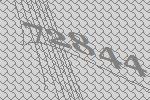
72844